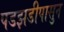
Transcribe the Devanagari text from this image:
पडझडीपासुन